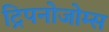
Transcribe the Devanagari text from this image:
ट्रिपनोजोम्स